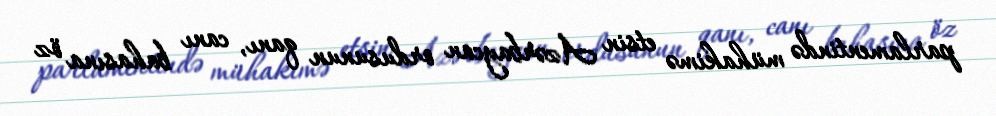
parlamentində mühakimə etsin Azərbaycan ordusunun qanı, canı bahasına öz